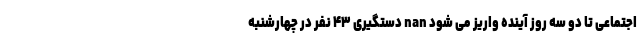
اجتماعی تا دو سه روز آینده واریز می شود nan دستگیری ۴۳ نفر در چهارشنبه